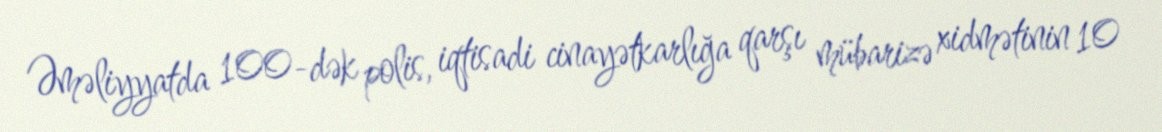
Əməliyyatda 100-dək polis, iqtisadi cinayətkarlığa qarşı mübarizə xidmətinin 10